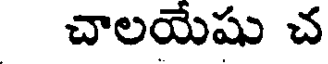
చాలయేషు చ